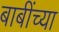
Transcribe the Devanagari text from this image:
बाबींच्‍या